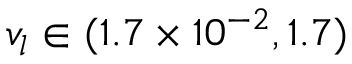
{ v _ { l } } \in ( 1 . 7 \times { 1 0 ^ { - 2 } } , 1 . 7 )